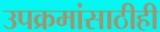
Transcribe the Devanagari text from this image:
उपक्रमांसाठीही